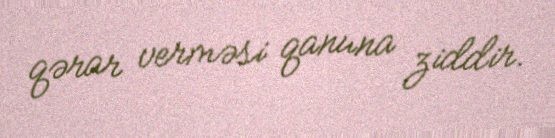
qərar verməsi qanuna ziddir.